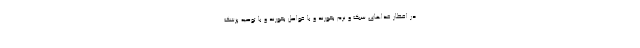
در افطار غذاهای سبک و نرم بخورند و با فواصل بخورند و با توصیه پزشک